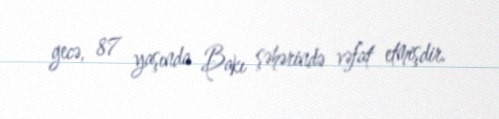
gecə, 87 yaşında Bakı şəhərində vəfat etmişdir.